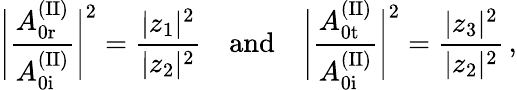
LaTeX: \Bigg|\frac{A_{\mathrm{0r}}^{\mathrm{(II)}}}{A_{\mathrm{0i}}^{\mathrm{(II)}}}\Bigg|^{2}=\frac{|z_{1}|^{2}}{|z_{2}|^{2}}\quad\mathrm{and}\quad\Bigg|\frac{A_{\mathrm{0t}}^{\mathrm{(II)}}}{A_{\mathrm{0i}}^{\mathrm{(II)}}}\Bigg|^{2}=\frac{|z_{3}|^{2}}{|z_{2}|^{2}}\, ,